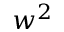
w ^ { 2 }